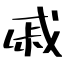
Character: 戚